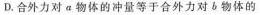
D.合外力对a物体的冲量等于合外力对b物体的